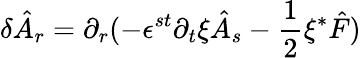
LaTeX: \delta\hat{A}_{r}=\partial_{r}(-\epsilon^{st}\partial_{t}\xi\hat{A}_{s}-\frac{1}{2}\xi{^\ast}\hat{F})